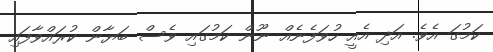
ކަމުގަ އެވެ. އަދި އެއީ ހުވަފެނެއް ނޫން ކަމުގައި ވެސް ބަޔާން ކުރައްވާފައި